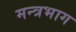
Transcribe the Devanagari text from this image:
मन्त्रभाग